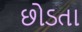
છોડતા